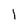
Character: l